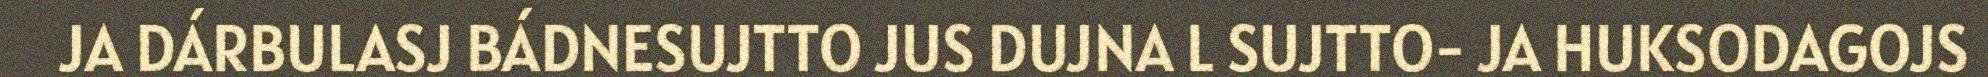
JA DÁRBULASJ BÁDNESUJTTO JUS DUJNA L SUJTTO- JA HUKSODAGOJS